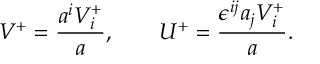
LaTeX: V ^ { + } = \frac { a ^ { i } V _ { i } ^ { + } } a , \qquad U ^ { + } = \frac { \epsilon ^ { i j } a _ { j } V _ { i } ^ { + } } a .